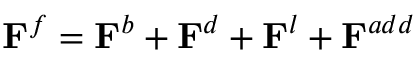
\mathbf { F } ^ { f } = \mathbf { F } ^ { b } + \mathbf { F } ^ { d } + \mathbf { F } ^ { l } + \mathbf { F } ^ { a d d }